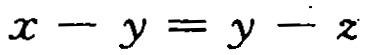
\(x - y = y - z\)